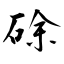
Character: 硢